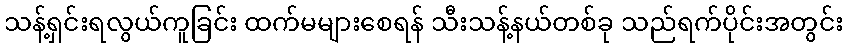
သန့်ရှင်းရလွယ်ကူခြင်း ထက်မများစေရန် သီးသန့်နယ်တစ်ခု သည်ရက်ပိုင်းအတွင်း